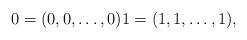
LaTeX: \begin{align*}0=(0,0,\dotsc,0)1=(1,1,\dotsc,1),\end{align*}